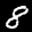
Digit: 8